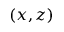
( x , z )